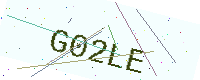
Text: G02LE